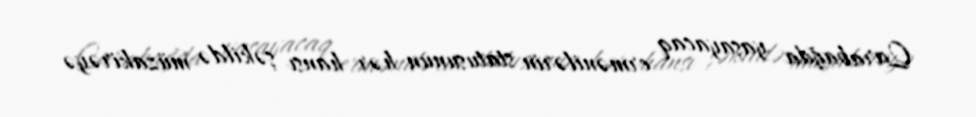
Qarabağda yaşayacaq ermənilərin statusunun hər hansı şəkildə müzakirəyə